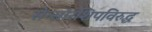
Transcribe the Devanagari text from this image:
सेन्सॉरशिपविरुद्ध